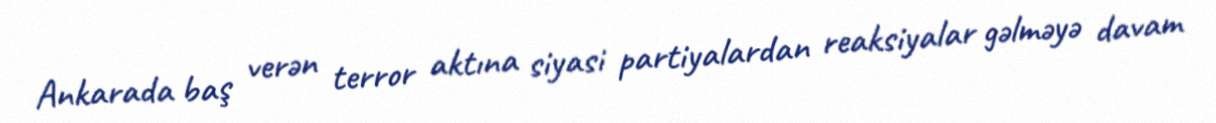
Ankarada baş verən terror aktına siyasi partiyalardan reaksiyalar gəlməyə davam